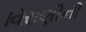
વિરાણીની